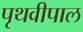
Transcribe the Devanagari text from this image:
पृथवीपाल